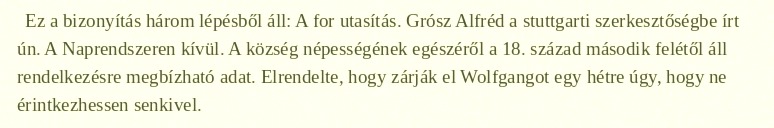
Ez a bizonyítás három lépésből áll: A for utasítás. Grósz Alfréd a stuttgarti szerkesztőségbe írt ún. A Naprendszeren kívül. A község népességének egészéről a 18. század második felétől áll rendelkezésre megbízható adat. Elrendelte, hogy zárják el Wolfgangot egy hétre úgy, hogy ne érintkezhessen senkivel.